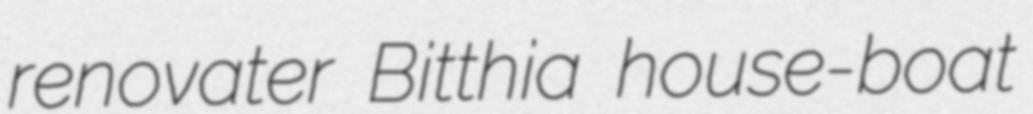
renovater Bitthia house-boat